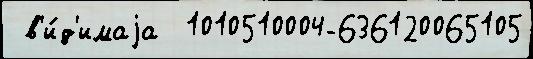
 в'и́д'имаjа  1010510004-636120065105